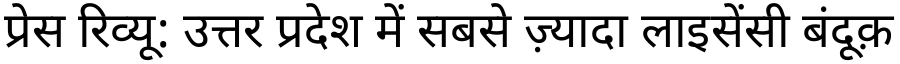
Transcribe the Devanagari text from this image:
प्रेस रिव्यू: उत्तर प्रदेश में सबसे ज़्यादा लाइसेंसी बंदूक़